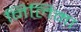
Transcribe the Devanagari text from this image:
निलिमा